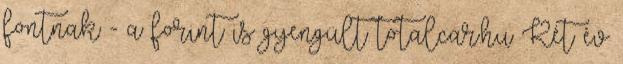
fontnak - a forint is gyengült totalcar.hu Két év